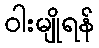
ဝါးမျိုရန်